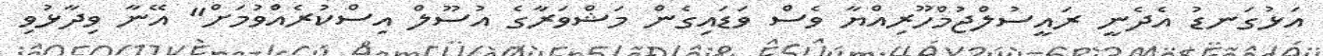
އަޅުގަނޑު އެދެނީ ރައީސުލްޖުމްހޫރިއްޔާ ވެސް ވަޑައިގެން މަޝްވަރާގެ އުސޫލް އިސްކުރެެއްވުމަށް" އޭނާ ވިދާޅުވި